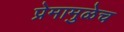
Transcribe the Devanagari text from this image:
प्रेमामुळेच